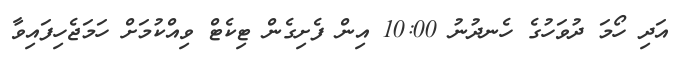
އަދި ހޯމަ ދުވަހުގެ ހެނދުނު 10:00 އިން ފެށިގެން ޓިކެޓް ވިއްކުމަށް ހަމަޖެހިފައިވާ